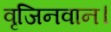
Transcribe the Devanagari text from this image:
वृजिनवान।